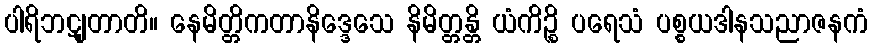
ပါရိဘဋျတာတိ။ နေမိတ္တိကတာနိဒ္ဒေသေ နိမိတ္တန္တိ ယံကိဉ္စိ ပရေသံ ပစ္စယဒါနသညာဇနကံ